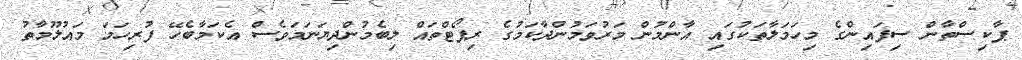
ޕާކިސްތާން ސިފައިންގެ މިހަމަލާތަކުގައި އާންމުން މަރުވަމުންދާކަމުގެ ރިޕޯޓްތައް ލިބެމުންދިޔަނަމަވެސް އެކަމާބެހޭ ފުރިހަމަ މައުލޫމާތު